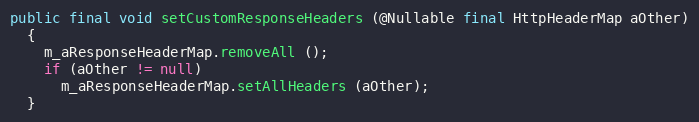
Language: Java
public final void setCustomResponseHeaders (@Nullable final HttpHeaderMap aOther)
  {
    m_aResponseHeaderMap.removeAll ();
    if (aOther != null)
      m_aResponseHeaderMap.setAllHeaders (aOther);
  }